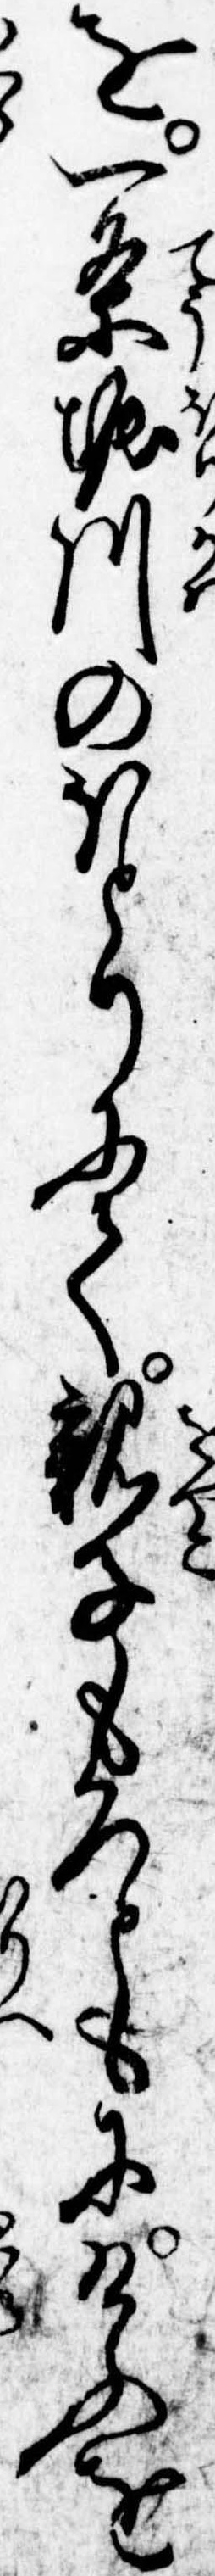
を一条堀川のほとりにて親子もろともにけふを